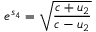
e ^ { s _ { 4 } } = { \sqrt { \frac { c + u _ { 2 } } { c - u _ { 2 } } } }